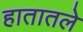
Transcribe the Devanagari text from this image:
हातातले